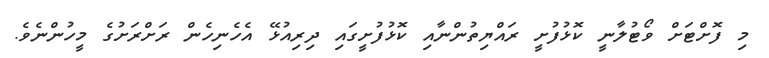
މި ފޮށްޓަށް ވޯޓުލާނީ ކޮޅުފުށީ ރައްޔިތުންނާއި ކޮޅުފުށީގައި ދިރިއުޅޭ އެހެނިހެން ރަށްރަށުގެ މީހުންނެވެ.